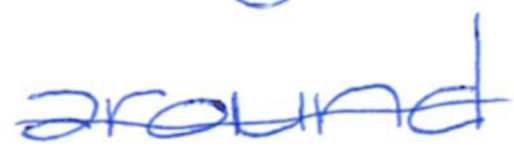
Text: around
Cross-out: single-line
Writing tool: ballpoint